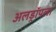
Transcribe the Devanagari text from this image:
अलड्रॉपला